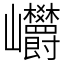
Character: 㠨